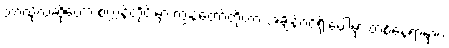
ဘာလို့လဲဆိုတော့ စက္ကန့်တိုင်းမှာ ကျွန်တော်တို့ဟာ အချိန်ဝင်ရိုးပေါ်မှာ တစ်နေရာမှာပဲ